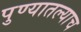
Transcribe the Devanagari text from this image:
पुण्यातल्याच